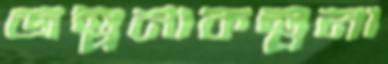
জল্পনাকল্পনা